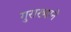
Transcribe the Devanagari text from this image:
गुराख्याने